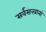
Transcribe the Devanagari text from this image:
सर्वसत्त्वानां